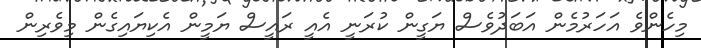
މިހެންވެ އަހަރުމެން އަބަދުވެސް ޔަގީން ކުރަނީ އެއީ ރައީސް ޔަމީން އެކިޔައިގެން މިވެރިން